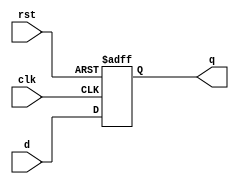
module d_flip_flop (
    input wire clk,        // Clock input
    input wire rst,        // Asynchronous reset
    input wire d,          // Data input
    output reg q           // Data output
);

// Always block to model the D flip-flop behavior
always @(posedge clk or posedge rst) begin
    if (rst) begin
        q <= 1'b0;         // Asynchronous reset
    end else begin
        q <= d;           // Non-blocking assignment for data input
    end
end

endmodule